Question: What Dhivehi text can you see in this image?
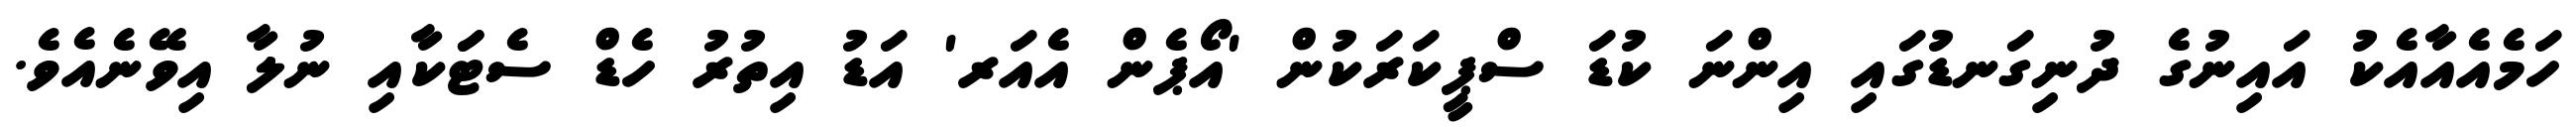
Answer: ހަމެއެއާއެކު އައިނުގެ ދުނިގަނޑުގައި އިންނަ ކުޑަ ސްޕީކަރަކުން 'އޯޕެން އެއަރ' އަޑު އިތުރު ހެޑް ސެޓަަކާއި ނުލާ އިވޭނެއެވެ.